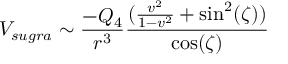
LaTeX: V _ { s u g r a } \sim \frac { - Q _ { 4 } } { r ^ { 3 } } \frac { ( \frac { v ^ { 2 } } { 1 - v ^ { 2 } } + \sin ^ { 2 } ( \zeta ) ) } { \cos ( \zeta ) }